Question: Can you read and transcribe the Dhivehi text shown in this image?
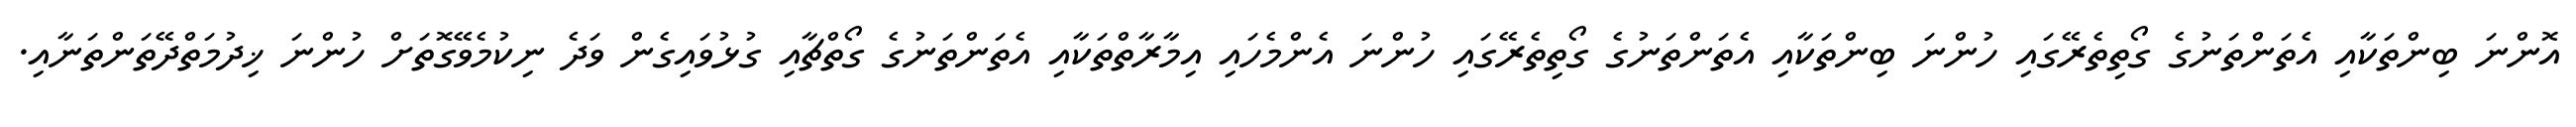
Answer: އޮންނަ ބިންތަކާއި އެތަންތަނުގެ ގޯތިތެރޭގައި ހުންނަ ބިންތަކާއި އެތަންތަނުގެ ގޯތިތެރޭގައި ހުންނަ އެންމެހައި އިމާރާތްތަކާއި އެތަންތަނުގެ ގޯތްޗާއި ގުޅުވައިގެން ވަދެ ނިކުމެވޭގޮތަށް ހުންނަ ޚިދުމަތްދޭތަންތަނާއި.